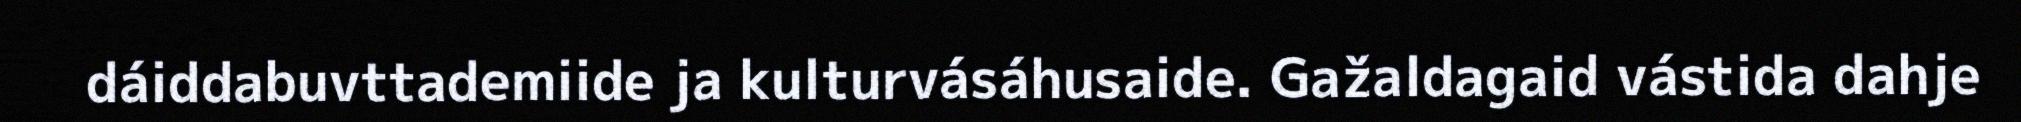
dáiddabuvttademiide ja kulturvásáhusaide. Gažaldagaid vástida dahje